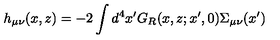
h _ { \mu \nu } ( x , z ) = - 2 \int d ^ { 4 } x ^ { \prime } G _ { R } ( x , z ; x ^ { \prime } , 0 ) \Sigma _ { \mu \nu } ( x ^ { \prime } )